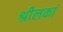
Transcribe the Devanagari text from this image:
श्रीलकां